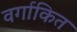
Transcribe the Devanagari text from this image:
वर्गाकित